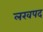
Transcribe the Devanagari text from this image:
लखपद